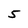
Character: 5